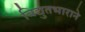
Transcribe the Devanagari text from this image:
विद्युतभाराने